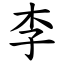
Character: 李